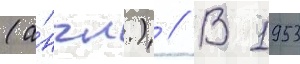
(а́нгл.) // В 1953